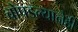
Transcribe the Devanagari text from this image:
चोपडल्यानेही